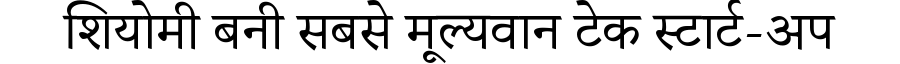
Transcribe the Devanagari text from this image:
शियोमी बनी सबसे मूल्यवान टेक स्टार्ट-अप